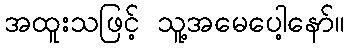
အထူးသဖြင့် သူ့အမေပေါ့နော်။